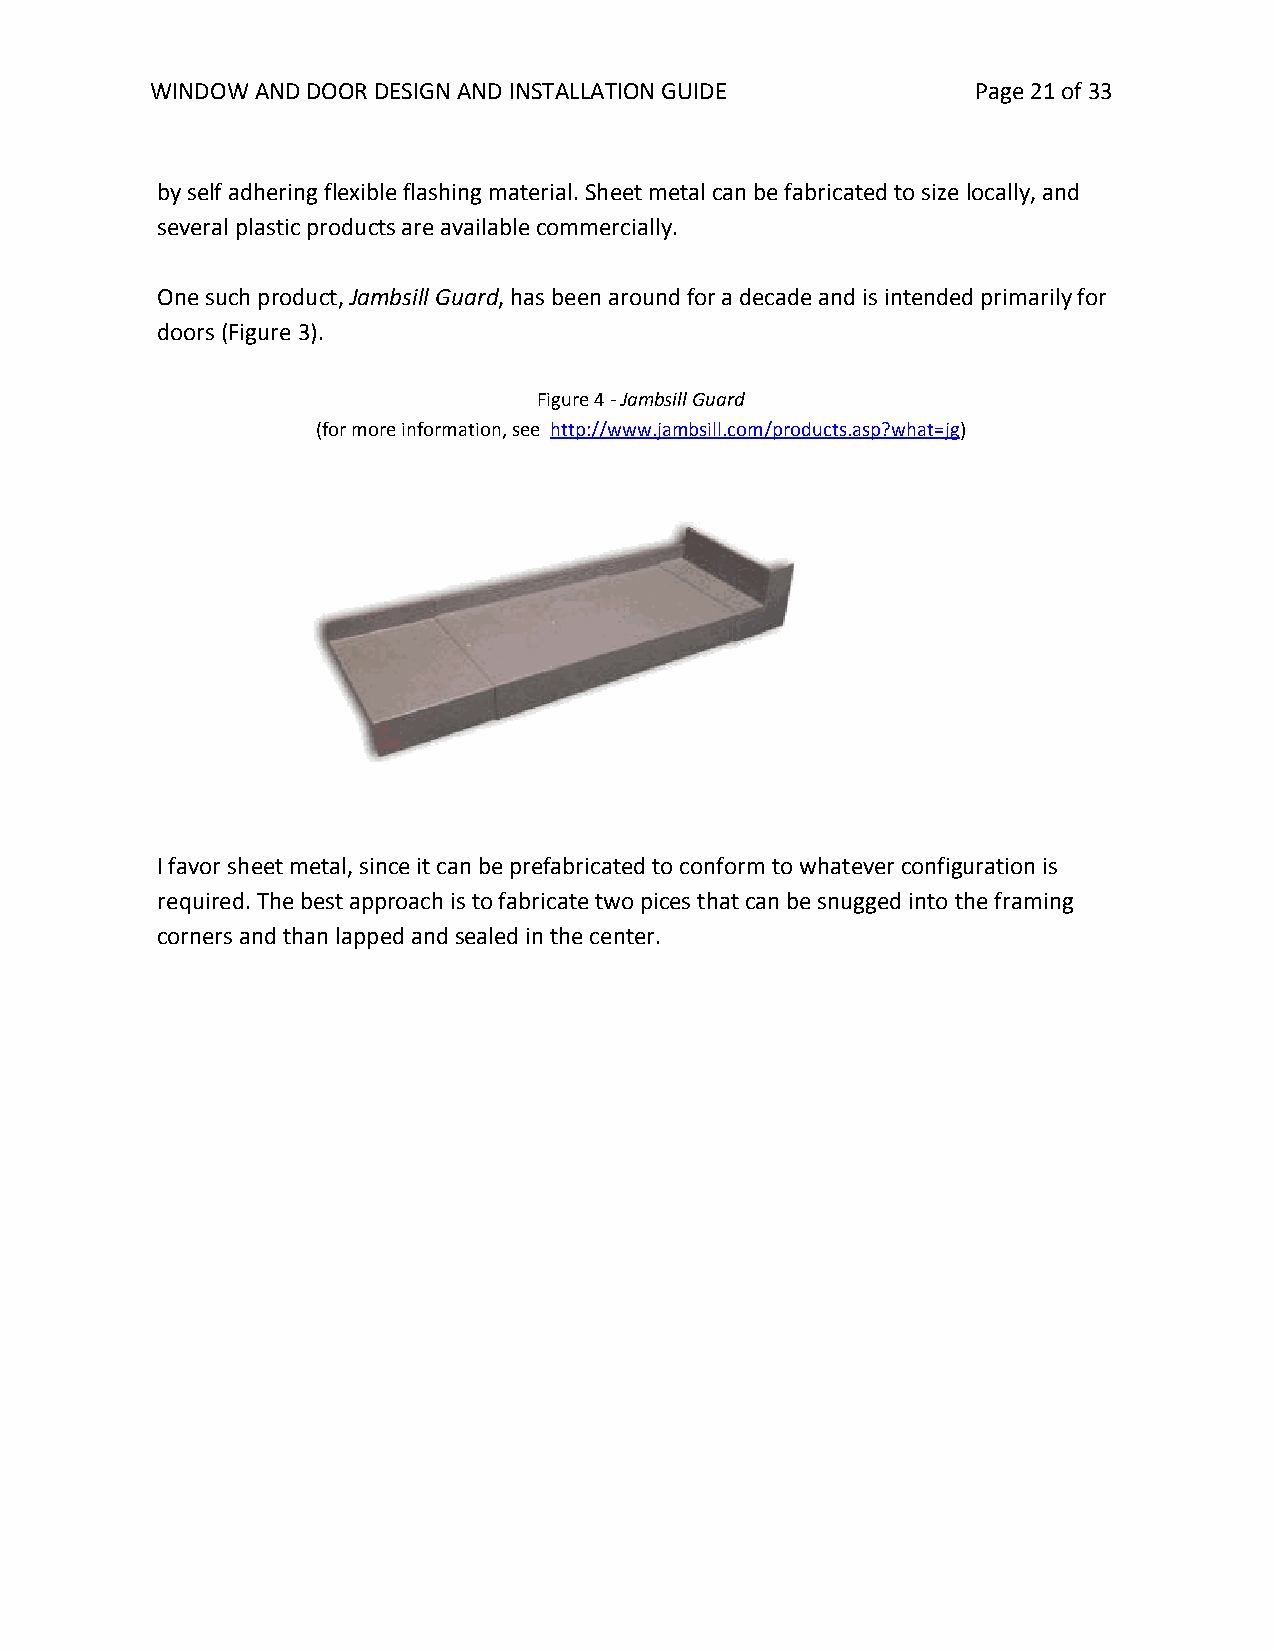
WINDOW AND DOOR DESIGN AND INSTALLATION GUIDE          Page 21 of 33
 by self adhering flexible flashing material. Sheet metal can be fabricated to size locally, and
 several plastic products are available commercially.
 One such product, Jambsill Guard, has been around for a decade and is intended primarily for
 doors (Figure 3).
 Figure 4 - Jambsill Guard
 (for more information, see http://www.jambsill.com/products.asp?what=jg)
 I favor sheet metal, since it can be prefabricated to conform to whatever configuration is
 required. The best approach is to fabricate two pices that can be snugged into the framing
 corners and than lapped and sealed in the center.